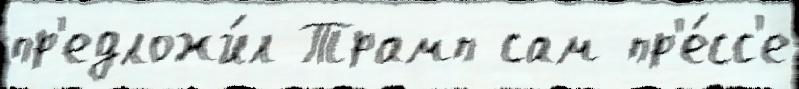
пр'едложи́л Трамп сам пр'е́сс'е